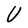
Character: U